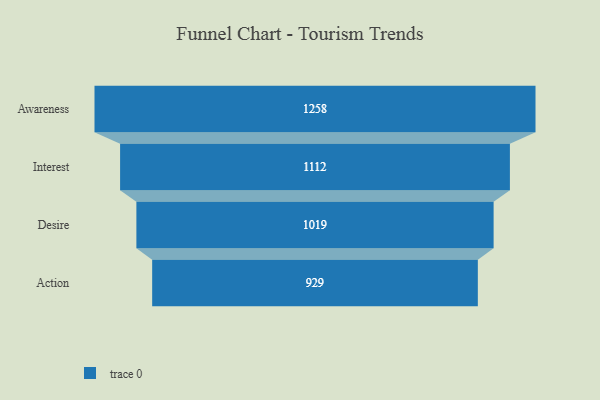
{"axis": {"x": "Stage", "y": "Value"}, "legend": [""], "data": [{"x": "Awareness", "y": 1258.0, "type": ""}, {"x": "Interest", "y": 1112.0, "type": ""}, {"x": "Desire", "y": 1019.0, "type": ""}, {"x": "Action", "y": 929.0, "type": ""}]}